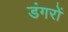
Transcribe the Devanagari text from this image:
डंगरों